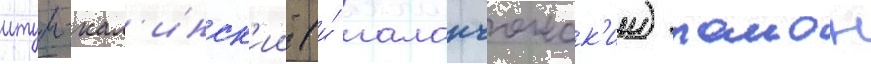
итум-кал'инск'ии (и́ галанчожск'ии) раион